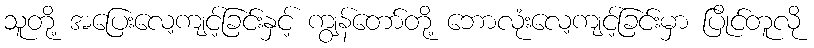
သူတို့ အပြေးလေ့ကျင့်ခြင်းနှင့် ကျွန်တော်တို့ ဘောလုံးလေ့ကျင့်ခြင်းမှာ ပြိုင်တူလို